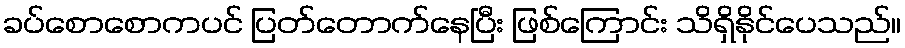
ခပ်စောစောကပင် ပြတ်တောက်နေပြီး ဖြစ်ကြောင်း သိရှိနိုင်ပေသည်။